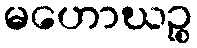
မဟောဃဉ္စ